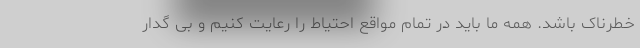
خطرناک باشد. همه ما باید در تمام مواقع احتیاط را رعایت کنیم و بی گدار